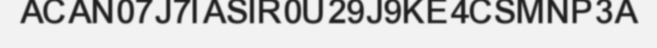
ACAN07J7IASIR0U29J9KE4CSMNP3A